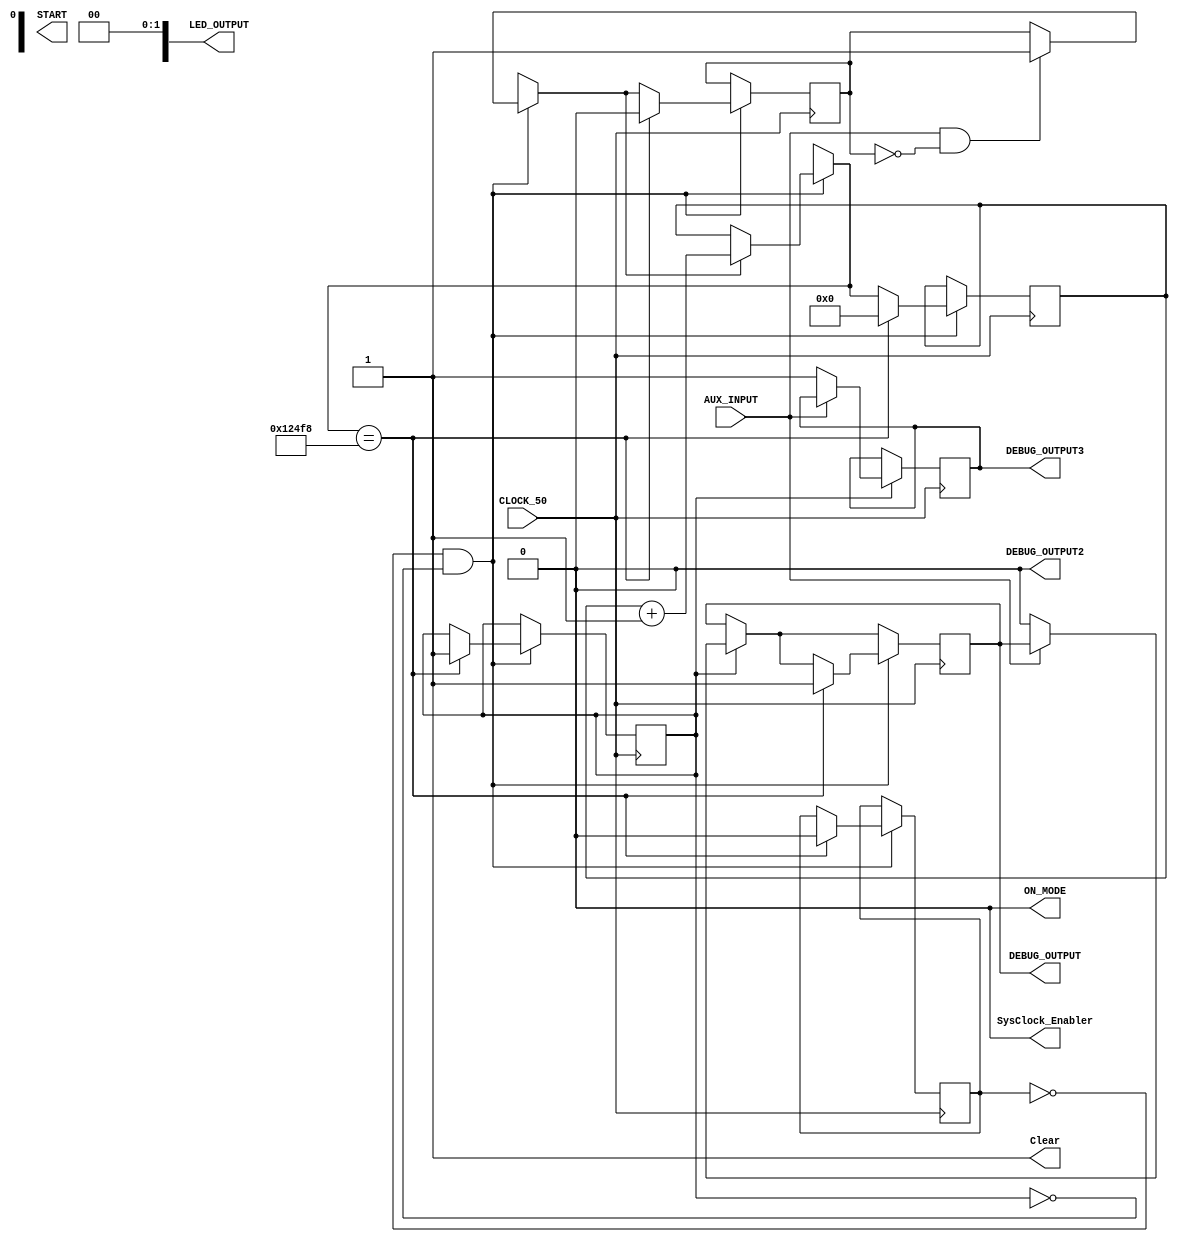
module MyFinalCounter (CLOCK_50,AUX_INPUT, DEBUG_OUTPUT, 
			LED_OUTPUT, ON_MODE, START, SysClock_Enabler, Clear, DEBUG_OUTPUT2,
				DEBUG_OUTPUT3);	
		
		input [0:0] CLOCK_50;
		wire [25:0] CountValue;
		reg [0:0] Enabler;
		output reg [0:0] ON_MODE;
		input [0:0] AUX_INPUT;	// input from the signal generator, or AUX input
		output reg Clear;
		output[0:0] START;
		wire [2:0] TEMP_COUNT; 
		output reg [0:0] DEBUG_OUTPUT;
		output reg [3:0] LED_OUTPUT;		
		output reg [0:0] SysClock_Enabler;
		output reg [0:0] DEBUG_OUTPUT2;
		output reg [0:0] DEBUG_OUTPUT3;
		
		reg checker_count = 0;
		reg start_checker_count = 0;
		reg determine_count = 0;
		reg count_one = 50500;
		reg count_two = 95000;
		reg to_check = 0;
		reg trials = 20;
		reg count_so_far = 0;
		reg begin_determining = 0;
		
			reg  [25:0]count = 0;
	reg [3:0]times_to_check = 5;
	reg start_count = 0;
	reg input_is_off = 1;
		initial
	begin
		Clear = 1;
		checker_count = 0;
		Enabler = 0;
		SysClock_Enabler = 0;
		//START  = 0;
		DEBUG_OUTPUT = 0;
		DEBUG_OUTPUT2 = 0;
		DEBUG_OUTPUT3 = 0;
		ON_MODE = 0;
		determine_count = 0;
		LED_OUTPUT[0] = 0;
		LED_OUTPUT[1] = 0;
	//	OFF_MODE = 0;
	end

	
	
	always @(posedge CLOCK_50)
	begin
		if(begin_determining  == 1)
		begin
			if(AUX_INPUT == 0)
			begin
			   DEBUG_OUTPUT = 0; // 
		//		determine_count = 1;
				DEBUG_OUTPUT3 = 1;
		//		begin_determining = 0;			
		//		determine_count = 0;
		//		begin_determining = 0;
			end
		end
	
	  if(determine_count == 0  && begin_determining == 0)
	  begin
			// code to chose the mode.
			if(AUX_INPUT == 1  && start_count == 0)
			begin
				start_count = 1;
			end
			if(start_count == 1)
			begin
				count = count + 1;
				//start_count = 0;
			end
			if(count == 75000)
			begin
				start_count = 0;
				DEBUG_OUTPUT = 1;
				// Now figure out what to check at that point.
				if(AUX_INPUT == 1)
				begin
					to_check = 1;
				end
				else
				begin
					to_check = 0;
				end
				count = 0; // reset.
				determine_count = 0;
				begin_determining = 1;
			end
	  end
	  /*
	  else
	  
	  begin
	     if(determine_count == 1 && AUX_INPUT == 1)
		  begin
		  DEBUG_OUTPUT2 = 1;
		 	if(AUX_INPUT == 1  && start_count == 0)
			begin
			//	DEBUG_OUTPUT = 1;
				start_count = 1;
			end
			if(start_count == 1)
			begin
				count = count + 1;
			//	start_count = 0;
			end
			if(count == 75000)
			begin
				DEBUG_OUTPUT3 = 1;
				count = 0;
				start_count = 0;
				DEBUG_OUTPUT = 0;
				if(AUX_INPUT == to_check) // what we expected...
				begin
					// Again, we need to  skip the remaining positive edges of the AUX_INPUT.
					begin_determining = 1;
					determine_count = 0;
					times_to_check = times_to_check - 1;
					if(times_to_check == 0)
					begin
						// We have arrived at a  mode. Display this as an output.
				//		DEBUG_OUTPUT = 1;
						if(to_check == 1)
						begin
							LED_OUTPUT[0] = 1;
							LED_OUTPUT[1] = 0;
						end
						else
						begin
							LED_OUTPUT[0] = 0;
							LED_OUTPUT[1] = 1;
						end
						DEBUG_OUTPUT2 = 0;
						times_to_check = 5;
						begin_determining = 0;
						count = 0;
						start_count = 0;
						determine_count = 0;
					end
				end
				else
				begin
					times_to_check = 2;
					determine_count = 0;
					begin_determining = 0;
					count = 0;
					start_count = 0;
				end
			end
		 end
	  end
	  */
	end

	
	
	/*
	
	always @(posedge CLOCK_50)
	begin
	   if(start_count == 1)
		begin
			count = count + 1;
		end
		if(count == 75000)
			begin
				determine_count = 1;
				DEBUG_OUTPUT = 1; 
				start_count = 0;
				count = 0;
			end

		if(AUX_INPUT == 1 && input_is_off == 1)//  the input was turned  off...
			begin
				input_is_off = 0;
				start_count = 1;
				DEBUG_OUTPUT = 0;
				count = count + 1; 
		end
	   if(AUX_INPUT == 1 &&  start_count == 0)
		 input_is_off = 0;
	/*		if(AUX_INPUT)
		begin
			
			count = count + 1;
//			DEBUG_OUTPUT = 1;
		end
		begin
			count = 0;
//			DEBUG_OUTPUT = 0;
		end
		
		DEBUG_OUTPUT = AUX_INPUT;
		
	end
	
	/*always @(posedge CLOCK_50)
	begin
	count = count + 1;
	
//	if(AUX_INPUT) // start counting....
//			begin
		//		DEBUG_OUTPUT = 1;
	//			Clear = 0;
	//		end
	if(count == 26'd1050000)
		begin
			DEBUG_OUTPUT = 0;//  finish counting....
//			Clear = 1;
			count = 26'd0;
		end
	else
	begin
		DEBUG_OUTPUT = 1K;
	end
	end
			
/*	
	always @(posedge CLOCK_50)
	begin
		

		if(CountValue == 1049999) //  the length of the wave
		begin
			DEBUG_OUTPUT = ~DEBUG_OUTPUT;
//			Clear = 1;
		end
	end
	
	
	/*
	always @(CountValue)
	begin
		if(determine_count
		if(CountValue  == 75000)
		begin
			determine_count = 1; // start to check for this count to confirm.
			if(AUX_INPUT)
			begin
				// this is mode 1.
				to_check = count_one;
			end
			else
			begin
	
				to_check  = count_two;
			end
		end
	end


	always @(AUX_INPUT)
	begin
	   if(AUX_INPUT)
		begin
			SysClock_Enabler = 1; // start counting
			DEBUG_OUTPUT = 0;
		end
		else
		begin
		count_so_far = CountValue;
		if(determine_count == 0)
		begin
			if(CountValue == 75000) // check if input is zero or a one.
			begin
					to_check = count_one;				
					DEBUG_OUTPUT = 1;
			end
			else if(CountValue  == 95000)
			begin
					to_check = count_two;
					DEBUG_OUTPUT = 1;
			end
//			else
//			begin
				// counted to something garbage....
				// stay in the same mode, do nothing.
//			end
		end
		else
		begin
			if(CountValue == to_check)
			begin
				to_check = to_check - 1;
				if(to_check <= 0)
				begin
					// set the desired mode.
					if(to_check == count_one)
						ON_MODE = 0;
					else if(to_check == count_two)
 						begin
						ON_MODE = 1;
						end
					to_check = 21;
				end
			end
			else
			begin
				// garbage count...
				// reset....
				to_check = 21;
				determine_count = 0;
			end
		end
		// Clear the count..
	//	SysClock_Enabler = 0;
	//	Clear = 1;
		end
	end
/*
	always @(negedge AUX_INPUT)
	begin
	end
	
/*
   always @(AUX_INPUT)
	begin
		if(AUX_INPUT)
		begin
			// start counting.
			SysClock_Enabler = 1;
		end
	end

	always @(posedge CLOCK_50)
	begin
		// check if count is complete.
		if(CountValue == 75000) // the intermediate value.
		begin
			if(AUX_INPUT)
			begin
				// this means it is the 1.9m/s one.
				Clear =  1;
			end
		end
	end
	*/ 
//	AlterCounter my_counter(CLOCK_50, Clear, CountValue);
//	AlteraInputCounter my_counter (CLOCK_50, Clear, CountValue);
//	PWMCounter altera_counter (SysClock_Enabler,CLOCK_50, 0, CountValue);
	
endmodule